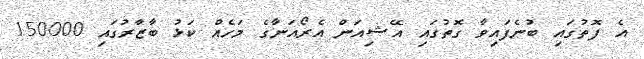
އެ ފޮތުގައި ބުނެފައިވާ ގޮތުގައި އޭޝިއަން އެރޯއަނާގެ މަހެއް ކަޅު ބާޒާރުގައި 150000